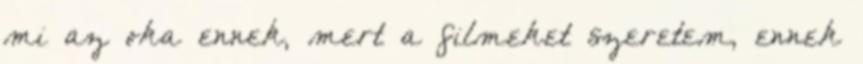
mi az oka ennek, mert a filmeket szeretem, ennek